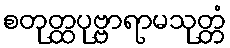
စတုတ္ထပုဗ္ဗာရာမသုတ္တံ